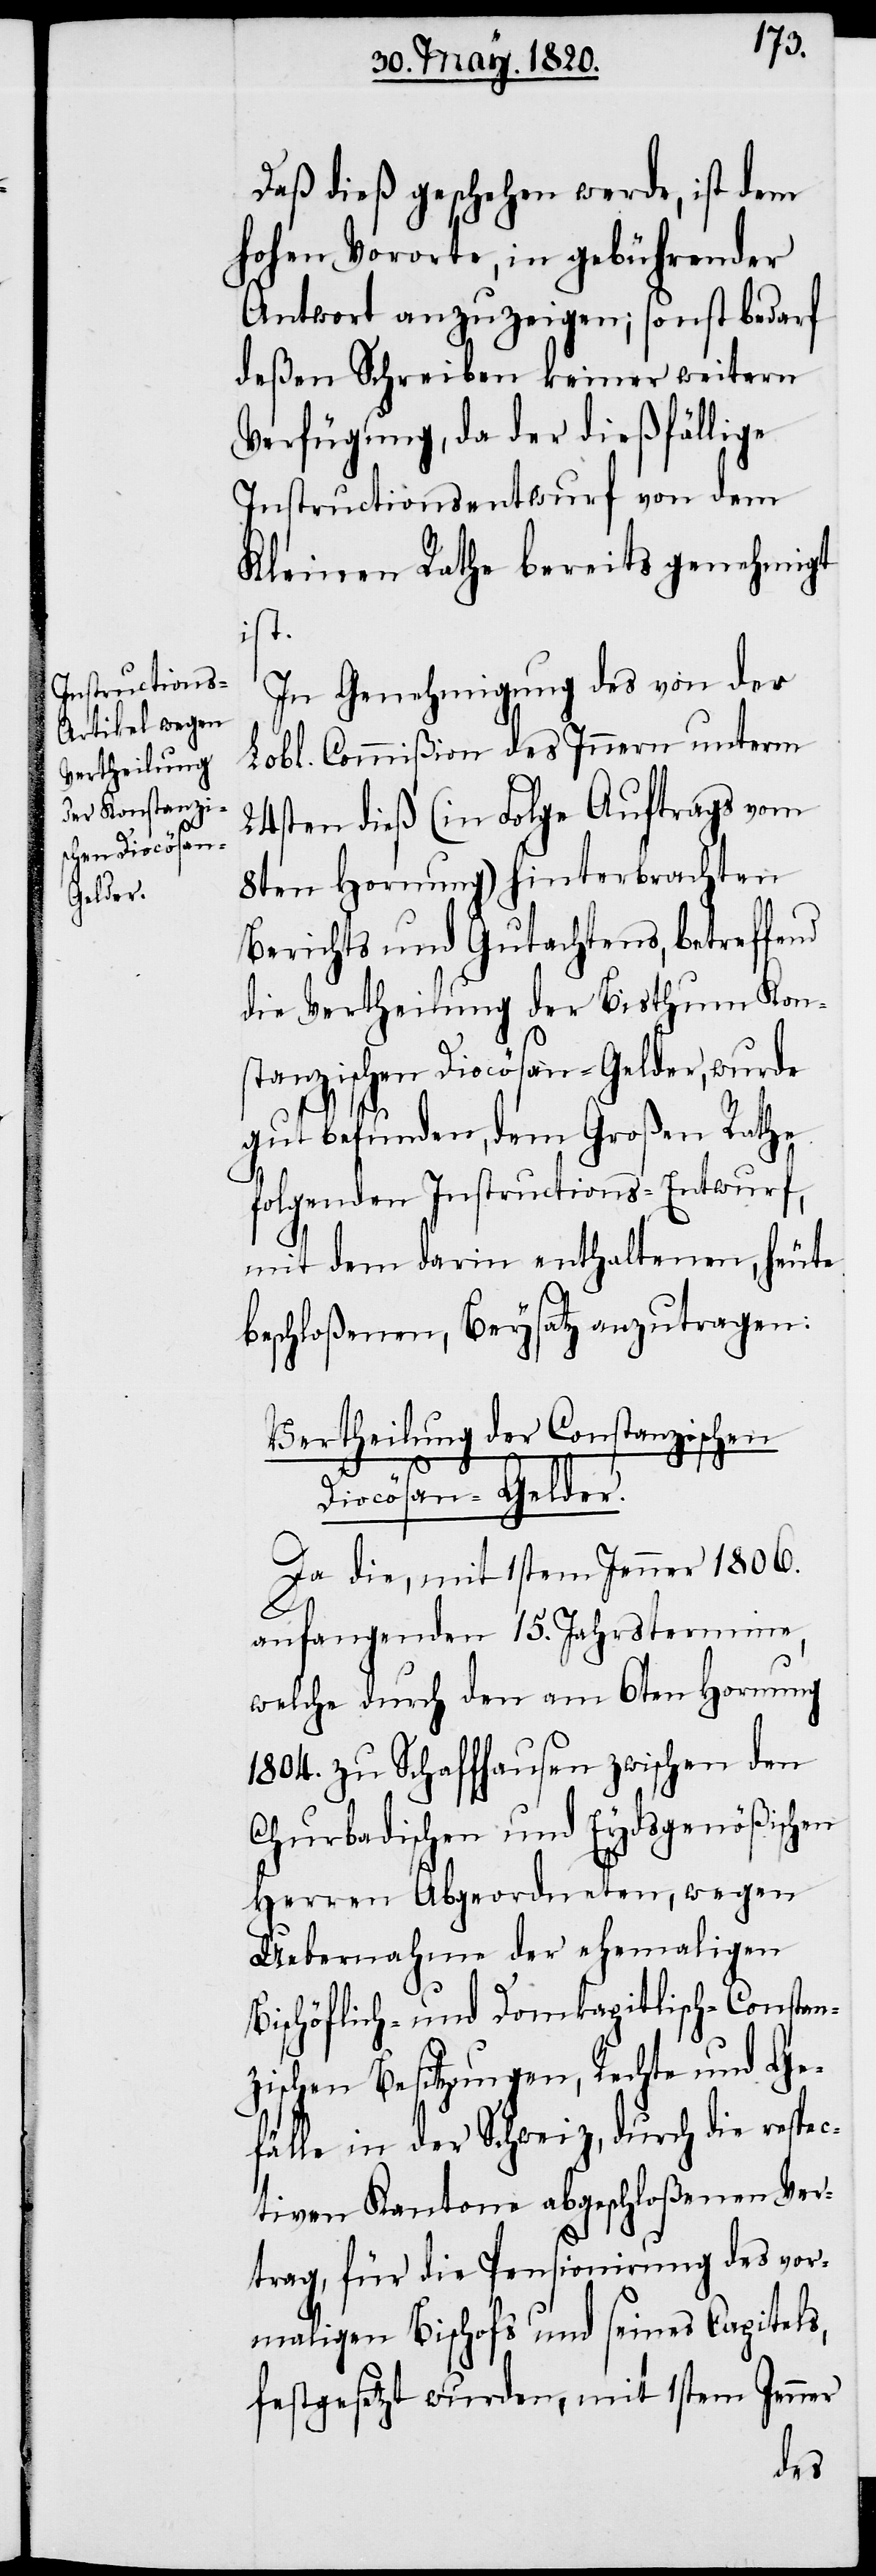
Daß dieß geschehen werde, ist dem
hohen Vororte, in gebührender
Antwort anzuzeigen; sonst bedarf
deßen Schreiben keiner weitern
Verfügung, da der dießfällige
Instructionsentwurf von dem
Kleinen Rathe bereits genehmigt
ist.